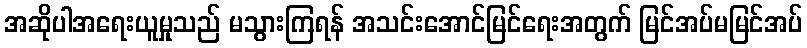
အဆိုပါအရေးယူမှုသည် မသွားကြရန် အသင်းအောင်မြင်ရေးအတွက် မြင်အပ်မမြင်အပ်